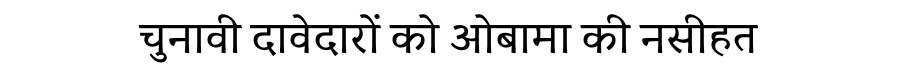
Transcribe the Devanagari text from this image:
चुनावी दावेदारों को ओबामा की नसीहत